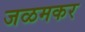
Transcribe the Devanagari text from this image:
जळमकर